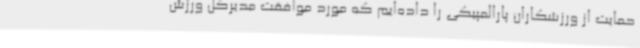
حمایت از ورزشکاران پارالمپیکی را داده‌ایم که مورد موافقت مدیرکل ورزش